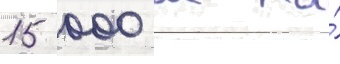
15 000 м на́